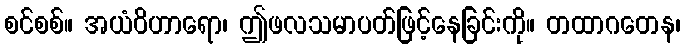
စင်စစ်။ အယံဝိဟာရော၊ ဤဖလသမာပတ်ဖြင့်နေခြင်းကို။ တထာဂတေန၊